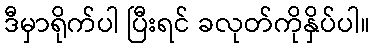
ဒီမှာရိုက်ပါ ပြီးရင် ခလုတ်ကိုနှိပ်ပါ။